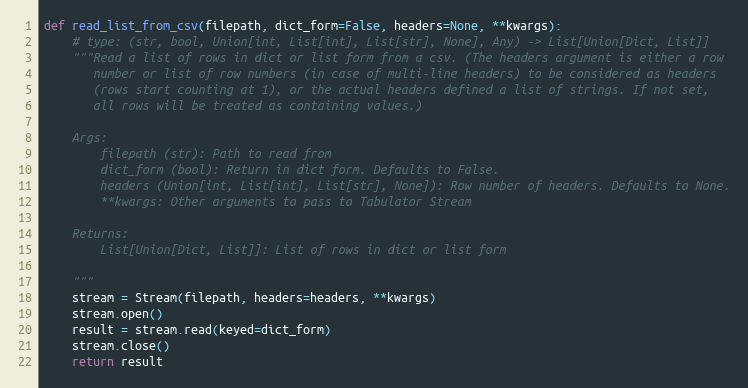
Language: Python
def read_list_from_csv(filepath, dict_form=False, headers=None, **kwargs):
    # type: (str, bool, Union[int, List[int], List[str], None], Any) -> List[Union[Dict, List]]
    """Read a list of rows in dict or list form from a csv. (The headers argument is either a row
       number or list of row numbers (in case of multi-line headers) to be considered as headers
       (rows start counting at 1), or the actual headers defined a list of strings. If not set,
       all rows will be treated as containing values.)

    Args:
        filepath (str): Path to read from
        dict_form (bool): Return in dict form. Defaults to False.
        headers (Union[int, List[int], List[str], None]): Row number of headers. Defaults to None.
        **kwargs: Other arguments to pass to Tabulator Stream

    Returns:
        List[Union[Dict, List]]: List of rows in dict or list form

    """
    stream = Stream(filepath, headers=headers, **kwargs)
    stream.open()
    result = stream.read(keyed=dict_form)
    stream.close()
    return result